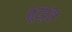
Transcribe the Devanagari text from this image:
तूटपुंजे